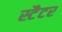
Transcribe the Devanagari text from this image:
स्टैटर